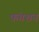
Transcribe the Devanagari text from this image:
फंगशन